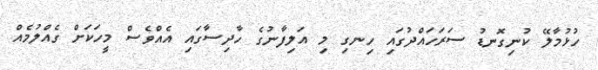
ހުޅުމާލޭ ކުނިގޮނޑު ސަރަހައްދުގައި ހިނގި މި އަލިފާނުގެ ހާދިސާގައި އެއްވެސް މީހަކަށް ގެއްލުމެއް